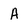
Character: A